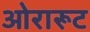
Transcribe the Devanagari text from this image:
ओरारूट